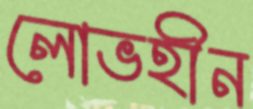
লোভহীন